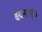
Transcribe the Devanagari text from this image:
वचनामुळे